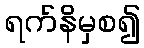
ရက်နိမှစ၍